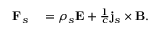
\begin{array} { r l } { \mathbf { F } _ { s } } & { { } = \rho _ { s } \mathbf { E } + \frac { 1 } { c } \mathbf { j } _ { s } \times \mathbf { B } . } \end{array}